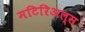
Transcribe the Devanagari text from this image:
मटिरिअल्स